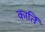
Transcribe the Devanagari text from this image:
कातिं